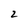
Character: 2